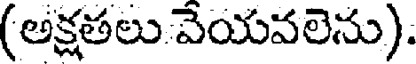
(అక్షతలు వేయవలెను).